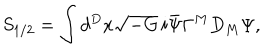
S _ { 1 / 2 } = \int d ^ { D } x \sqrt { - G } \, i \bar { \Psi } \Gamma ^ { M } D _ { M } \Psi ,